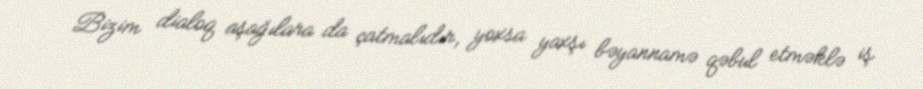
Bizim dialoq aşağılara da çatmalıdır, yoxsa yaxşı bəyannamə qəbul etməklə iş